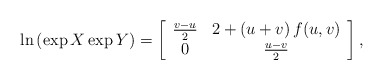
\begin{align*}\ln\left( \exp X \exp Y\right) = \left[\begin{array}{cc} {v-u\over2}& 2 + (u+v) \, f(u,v)\\ 0 & {u-v\over2}\end{array}\right],\end{align*}